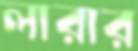
লারার